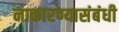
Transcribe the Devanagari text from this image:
नाकारण्यासंबंधी